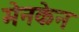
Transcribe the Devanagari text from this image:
मेनकेन